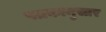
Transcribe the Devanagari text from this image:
पत्रकानुसार